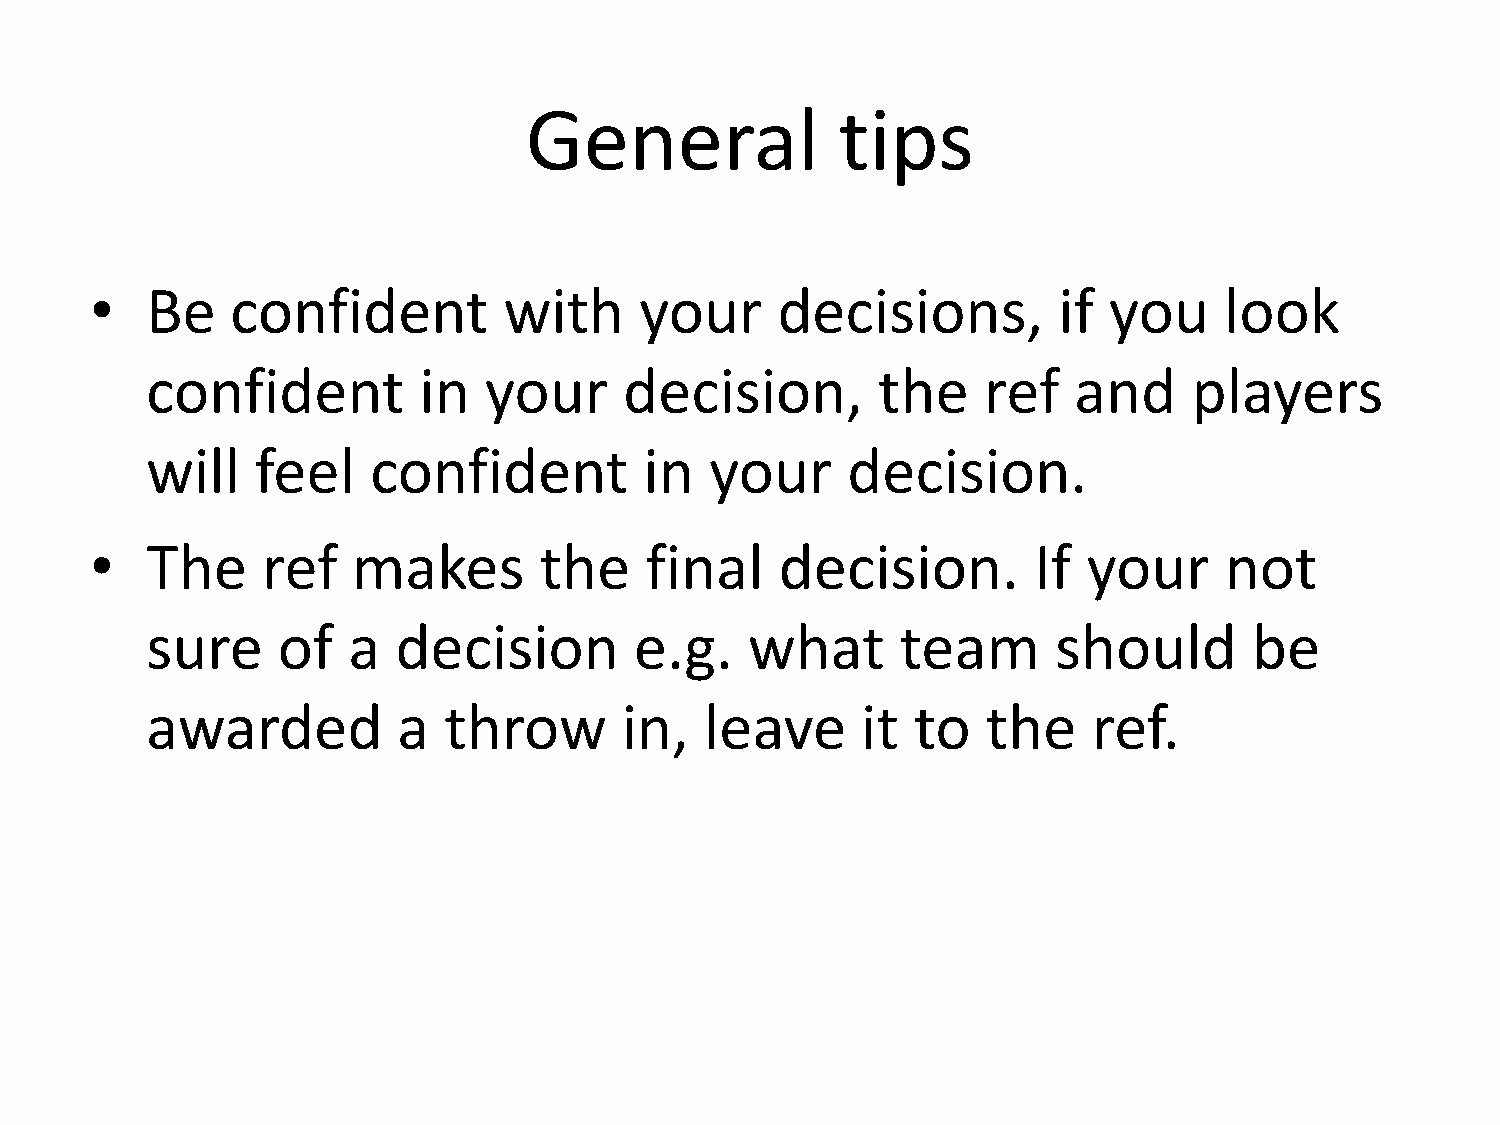
General              tips
 •   Be   confident         with     your     decisions,         if you     look
 confident         in  your     decision,        the    ref   and     players
 will   feel    confident         in  your     decision.
 •   The    ref   makes        the    final    decision.       If  your     not
 sure    of   a  decision        e.g.    what      team      should       be
 awarded         a  throw       in,   leave     it  to  the    ref.